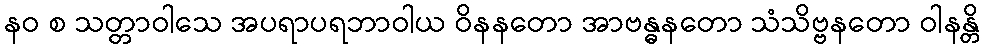
နဝ စ သတ္တာဝါသေ အပရာပရဘာဝါယ ဝိနနတော အာဗန္ဓနတော သံသိဗ္ဗနတော ဝါနန္တိ